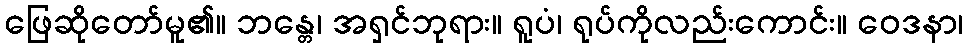
ဖြေဆိုတော်မူ၏။ ဘန္တေ၊ အရှင်ဘုရား။ ရူပံ၊ ရုပ်ကိုလည်းကောင်း။ ဝေဒနာ၊